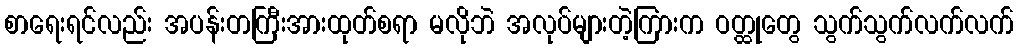
စာရေးရင်လည်း အပန်းတကြီးအားထုတ်စရာ မလိုဘဲ အလုပ်များတဲ့ကြားက ဝတ္ထုတွေ သွက်သွက်လက်လက်